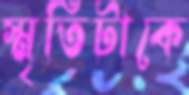
স্মৃতিটাকে